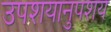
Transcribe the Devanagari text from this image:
उपशयानुपशय